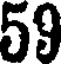
59